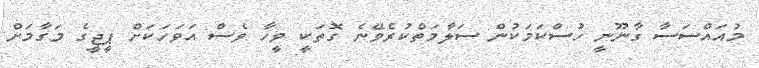
މުއައްސަސާ ގާނޫނީ ހުސްކަމަކުން ސަލާމަތްކުރެވޭނެ ގޮތަކީ ވީހާ ވެސް އަވަހަކަށް ޕީޖީގެ މަގާމަށް